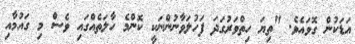
އަޑަކުން ގޮވައެވެ. "ތިޔަ ހިތްވަރުގަދަ ފަހުލަވާނުންނަކީ ކޮންމެ ހާލަތެއްގައި ވެސް މި ގައުމާއި